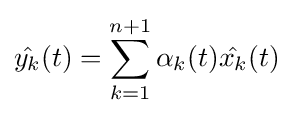
{\hat {y_{k}}}(t)=\sum \limits _{k=1}^{n+1}\alpha _{k}(t){\hat {x_{k}}}(t)